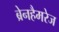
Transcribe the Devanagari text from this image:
ब्रेनहैमरेज